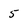
Character: 5